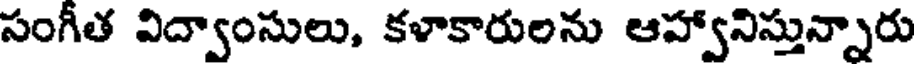
సంగీత విద్వాంసులు, కళాకారులను ఆహ్వానిస్తున్నారు